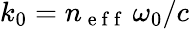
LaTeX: k_{0}=n_{\mathrm{~e~f~f~}}\, \omega_{0}/c